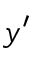
y ^ { \prime }